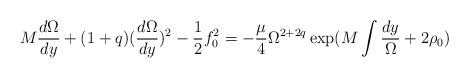
LaTeX: \begin{align*}M \frac{d\Omega}{dy} + (1 + q) ( \frac{d\Omega}{dy})^2 - \frac{1}{2} f_0^2 = - \frac{\mu}{4} \Omega^{2 + 2q}\exp ( M \int \frac{dy}{\Omega} + 2 \rho_0 )\end{align*}